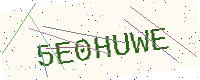
Text: 5E0HUWE